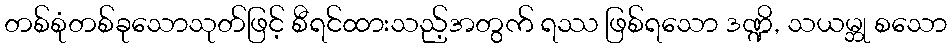
တစ်စုံတစ်ခုသောသုတ်ဖြင့် စီရင်ထားသည့်အတွက် ရဿ ဖြစ်ရသော ဒဏ္ဍိ, သယမ္ဘု စသော